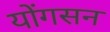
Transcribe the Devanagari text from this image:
योंगसन